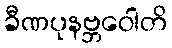
ခီဏပုနဗ္ဘဝေါတိ